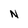
Character: N